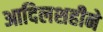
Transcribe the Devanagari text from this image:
आदिलशहीने